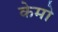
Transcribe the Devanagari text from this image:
केमो